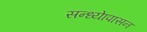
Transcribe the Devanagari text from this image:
सन्ध्याेपासन